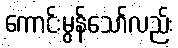
ကောင်းမွန်သော်လည်း